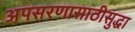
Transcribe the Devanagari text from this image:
अपसरणासाठीसुद्धा